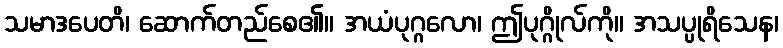
သမာဒပေတိ၊ ဆောက်တည်စေ၏။ အယံပုဂ္ဂလော၊ ဤပုဂ္ဂိုလ်ကို။ အသပ္ပုရိသေန၊